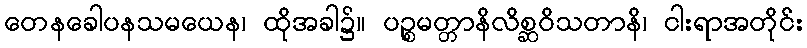
တေနခေါပနသမယေန၊ ထိုအခါ၌။ ပဉ္စမတ္တာနိလိစ္ဆဝိသတာနိ၊ ငါးရာအတိုင်း